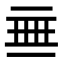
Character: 𬻜